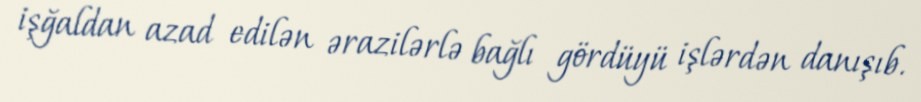
işğaldan azad edilən ərazilərlə bağlı gördüyü işlərdən danışıb.